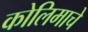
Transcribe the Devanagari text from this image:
कोलिमाचे